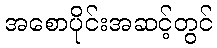
အစောပိုင်းအဆင့်တွင်